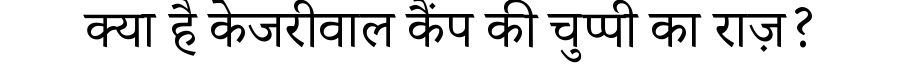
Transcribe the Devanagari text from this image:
क्या है केजरीवाल कैंप की चुप्पी का राज़?